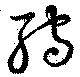
孺